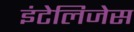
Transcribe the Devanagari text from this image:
इंटेलिजेस